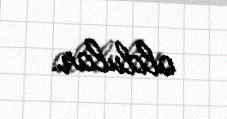
oldular.